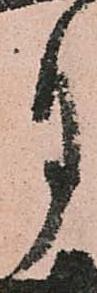
月